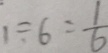
1 \div 6 = \frac { 1 } { 6 }